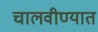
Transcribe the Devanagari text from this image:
चालवीण्यात